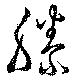
滕